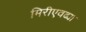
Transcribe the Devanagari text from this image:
मिरीएवढ्या